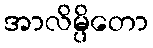
အာလိမ္ပိတော